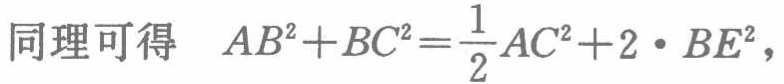
同理可得 \(AB^{2}+BC^{2}=\frac{1}{2}AC^{2}+2\cdot BE^{2}\)